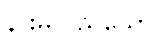
နားမလည်သော